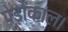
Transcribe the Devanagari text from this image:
पेड़ोंकाल।